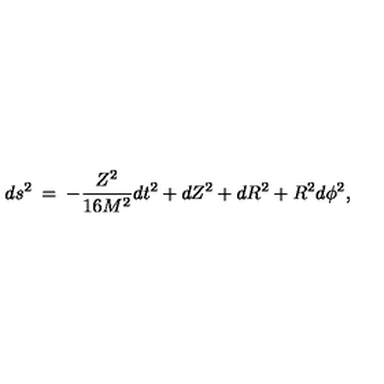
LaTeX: d s ^ { 2 } \: = \: - \frac { Z ^ { 2 } } { 1 6 M ^ { 2 } } d t ^ { 2 } + d Z ^ { 2 } + d R ^ { 2 } + R ^ { 2 } d \phi ^ { 2 } ,